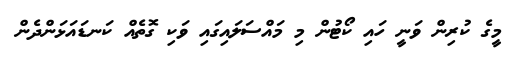
މީގެ ކުރިން ވަނީ ހައި ކޯޓުން މި މައްސަލައިގައި ވަކި ގޮތެއް ކަނޑައަޅަންދެން